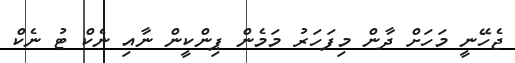
ޖެހޭނީ މަހަށް ދާން މިފަަހަރު މަމެން ޕިންކީން ނާއި ނެކް ޓު ނެކް